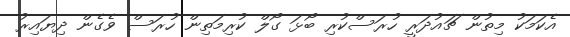
އެކަމަކު މިތުން ޗައުދަރީ ހުރަސްކުރި ބޯޅަ ގޯލް ކުރިމަތިން ހުރަސް ވެގެން ދިޔައިރު